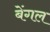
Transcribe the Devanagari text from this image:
बेंगल